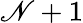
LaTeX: \mathscr{N}+1